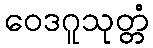
ဝေဒဂူသုတ္တံ